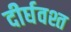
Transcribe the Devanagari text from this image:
दीर्घवश्त